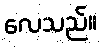
လေသည်။